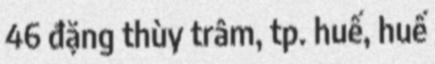
46 đặng thùy trâm, tp. huế, huế